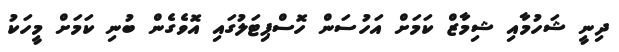
ދިނީ ޝަހުމާއި ޝިމާޒް ކަމަށް އަހުސަން ހޮސްޕިޓަލުގައި އޮވެގެން ބުނި ކަމަށް މީހަކު